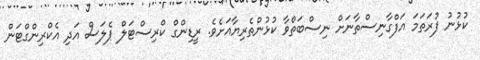
ކުޅުނު ފުރަތަމަ އަފްގާނިސްތާނަށް ނިސްބަތްވާ ކުޅުންތެރިޔާއަށެވެ. ރީޑިންގް ކްރިސްޓަލް ޕެލަސް އަދި އެކްރިންގްޓަން